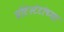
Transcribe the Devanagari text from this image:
प्रोटेस्टंटांच्या